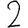
Digit: 2